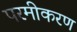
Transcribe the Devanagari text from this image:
परमीकरण